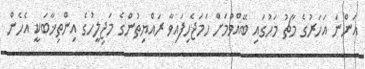
އަންނަ އަހަރުގެ މާޗު މަހުގައި ބޭއްވުމަށް ހަމަޖެހިފައިވާ ރައްޔިތުންގެ މަޖިލީހުގެ އިންތިޚާބަކީ އެހެން